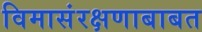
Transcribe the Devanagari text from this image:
विमासंरक्षणाबाबत